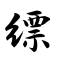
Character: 缥